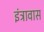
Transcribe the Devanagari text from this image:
इंट्रावास